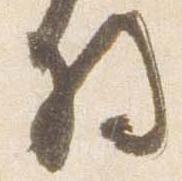
将